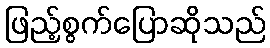
ဖြည့်စွက်ပြောဆိုသည်